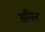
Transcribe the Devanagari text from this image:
साँमन